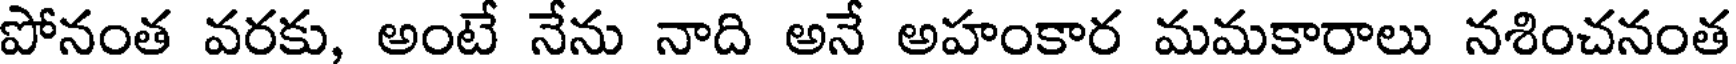
పోనంత వరకు, అంటే నేను నాది అనే అహంకార మమకారాలు నశించనంత